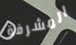
المشرفة